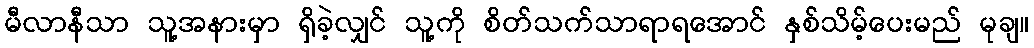
မီလာနီသာ သူ့အနားမှာ ရှိခဲ့လျှင် သူ့ကို စိတ်သက်သာရာရအောင် နှစ်သိမ့်ပေးမည် မုချ။